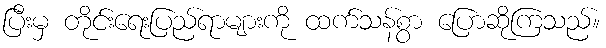
ပြီးမှ တိုင်းရေးပြည်ရာများကို ထက်သန်စွာ ပြောဆိုကြသည်။